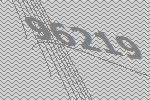
96219